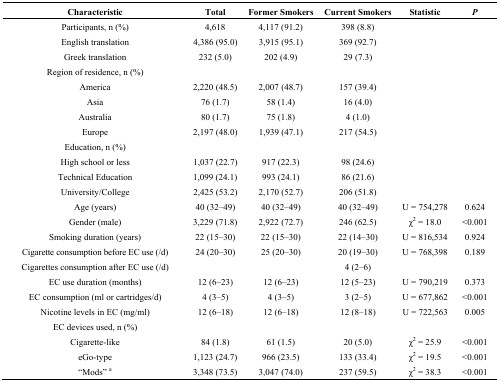
<table><thead><tr><td><b>Characteristic</b></td><td><b>Total</b></td><td><b>Former Smokers</b></td><td><b>Current Smokers</b></td><td><b>Statistic</b></td><td><b><i>P</i></b></td></tr></thead><tbody><tr><td>Participants, n (%)</td><td>4,618</td><td>4,117 (91.2)</td><td>398 (8.8)</td><td></td><td></td></tr><tr><td>English translation</td><td>4,386 (95.0)</td><td>3,915 (95.1)</td><td>369 (92.7)</td><td></td><td></td></tr><tr><td>Greek translation</td><td>232 (5.0)</td><td>202 (4.9)</td><td>29 (7.3)</td><td></td><td></td></tr><tr><td>Region of residence, n (%)</td><td></td><td></td><td></td><td></td><td></td></tr><tr><td>America</td><td>2,220 (48.5)</td><td>2,007 (48.7)</td><td>157 (39.4)</td><td></td><td></td></tr><tr><td>Asia</td><td>76 (1.7)</td><td>58 (1.4)</td><td>16 (4.0)</td><td></td><td></td></tr><tr><td>Australia</td><td>80 (1.7)</td><td>75 (1.8)</td><td>4 (1.0)</td><td></td><td></td></tr><tr><td>Europe</td><td>2,197 (48.0)</td><td>1,939 (47.1)</td><td>217 (54.5)</td><td></td><td></td></tr><tr><td>Education, n (%)</td><td></td><td></td><td></td><td></td><td></td></tr><tr><td>High school or less</td><td>1,037 (22.7)</td><td>917 (22.3)</td><td>98 (24.6)</td><td></td><td></td></tr><tr><td>Technical Education</td><td>1,099 (24.1)</td><td>993 (24.1)</td><td>86 (21.6)</td><td></td><td></td></tr><tr><td>University/College</td><td>2,425 (53.2)</td><td>2,170 (52.7)</td><td>206 (51.8)</td><td></td><td></td></tr><tr><td>Age (years)</td><td>40 (32–49)</td><td>40 (32–49)</td><td>40 (32–49)</td><td>U = 754,278</td><td>0.624</td></tr><tr><td>Gender (male)</td><td>3,229 (71.8)</td><td>2,922 (72.7)</td><td>246 (62.5)</td><td>χ<sup>2</sup> = 18.0</td><td>&lt;0.001</td></tr><tr><td>Smoking duration (years)</td><td>22 (15–30)</td><td>22 (15–30)</td><td>22 (14–30)</td><td>U = 816,534</td><td>0.924</td></tr><tr><td>Cigarette consumption before EC use (/d)</td><td>24 (20–30)</td><td>25 (20–30)</td><td>20 (19–30)</td><td>U = 768,398</td><td>0.189</td></tr><tr><td>Cigarettes consumption after EC use (/d)</td><td></td><td></td><td>4 (2–6)</td><td></td><td></td></tr><tr><td>EC use duration (months)</td><td>12 (6–23)</td><td>12 (6–23)</td><td>12 (5–23)</td><td>U = 790,219</td><td>0.373</td></tr><tr><td>EC consumption (ml or cartridges/d)</td><td>4 (3–5)</td><td>4 (3–5)</td><td>3 (2–5)</td><td>U = 677,862</td><td>&lt;0.001</td></tr><tr><td>Nicotine levels in EC (mg/ml)</td><td>12 (6–18)</td><td>12 (6–18)</td><td>12 (8–18)</td><td>U = 722,563</td><td>0.005</td></tr><tr><td>EC devices used, n (%)</td><td></td><td></td><td></td><td></td><td></td></tr><tr><td>Cigarette-like</td><td>84 (1.8)</td><td>61 (1.5)</td><td>20 (5.0)</td><td>χ<sup>2</sup> = 25.9</td><td>&lt;0.001</td></tr><tr><td>eGo-type</td><td>1,123 (24.7)</td><td>966 (23.5)</td><td>133 (33.4)</td><td>χ<sup>2</sup> = 19.5</td><td>&lt;0.001</td></tr><tr><td>“Mods” <sup>a</sup></td><td>3,348 (73.5)</td><td>3,047 (74.0)</td><td>237 (59.5)</td><td>χ<sup>2</sup> = 38.3</td><td>&lt;0.001</td></tr></tbody></table>